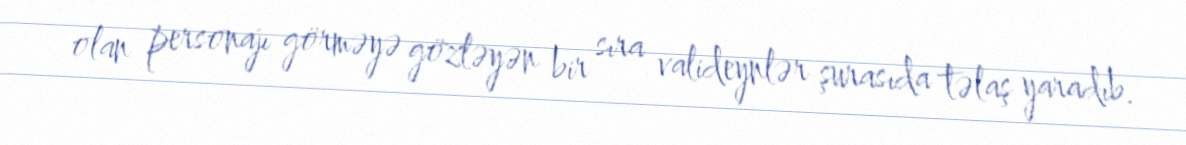
olan personajı görməyə gözləyən bir sıra valideynlər şurasıda təlaş yaradıb.